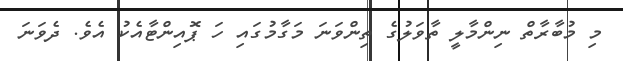
މި މުބާރާތް ނިންމާލީ ތާވަލުގެ ތިންވަނަ މަގާމުގައި ހަ ޕޮައިންޓާއެކު އެވެ. ދެވަނަ